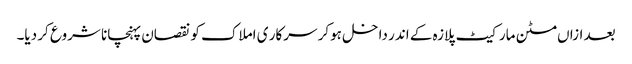
بعد ازاں مٹن مارکیٹ پلازہ کے اندر داخل ہوکر سرکار ی املاک کو نقصان پہنچانا شروع کر دیا۔